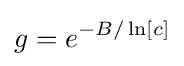
g=e^{-B/\ln[c]}